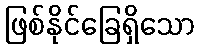
ဖြစ်နိုင်ခြေရှိသော